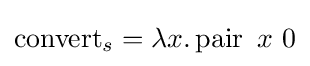
\operatorname {convert} _{s}=\lambda x.\operatorname {pair} \ x\ 0